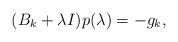
LaTeX: \begin{align*}(B_k+\lambda I)p(\lambda) =-g_k,\end{align*}